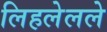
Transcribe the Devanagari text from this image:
लिहलेलले